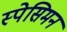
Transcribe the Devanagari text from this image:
स्पेसिमन